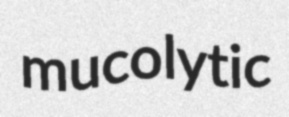
mucolytic